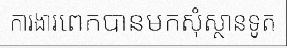
ការងារពេកបានមកសុំស្ថានទូត